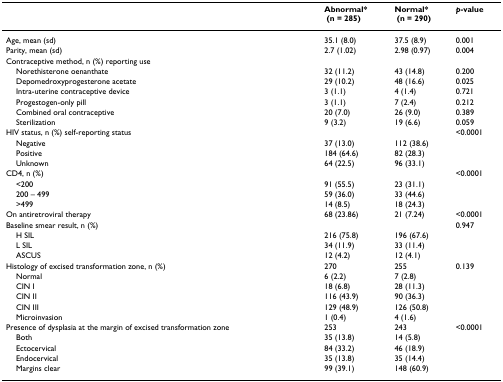
<table><thead><tr><td></td><td><b>Abnormal* (n = 285)</b></td><td><b>Normal* (n = 290)</b></td><td><b><i>p</i>-value</b></td></tr></thead><tbody><tr><td>Age, mean (sd)</td><td>35.1 (8.0)</td><td>37.5 (8.9)</td><td>0.001</td></tr><tr><td>Parity, mean (sd)</td><td>2.7 (1.02)</td><td>2.98 (0.97)</td><td>0.004</td></tr><tr><td>Contraceptive method, n (%) reporting use</td><td></td><td></td><td></td></tr><tr><td> Norethisterone oenanthate</td><td>32 (11.2)</td><td>43 (14.8)</td><td>0.200</td></tr><tr><td> Depomedroxyprogesterone acetate</td><td>29 (10.2)</td><td>48 (16.6)</td><td>0.025</td></tr><tr><td> Intra-uterine contraceptive device</td><td>3 (1.1)</td><td>4 (1.4)</td><td>0.721</td></tr><tr><td> Progestogen-only pill</td><td>3 (1.1)</td><td>7 (2.4)</td><td>0.212</td></tr><tr><td> Combined oral contraceptive</td><td>20 (7.0)</td><td>26 (9.0)</td><td>0.389</td></tr><tr><td> Sterilization</td><td>9 (3.2)</td><td>19 (6.6)</td><td>0.059</td></tr><tr><td>HIV status, n (%) self-reporting status</td><td></td><td></td><td>&lt;0.0001</td></tr><tr><td> Negative</td><td>37 (13.0)</td><td>112 (38.6)</td><td></td></tr><tr><td> Positive</td><td>184 (64.6)</td><td>82 (28.3)</td><td></td></tr><tr><td> Unknown</td><td>64 (22.5)</td><td>96 (33.1)</td><td></td></tr><tr><td>CD4, n (%)</td><td></td><td></td><td>&lt;0.0001</td></tr><tr><td> &lt;200</td><td>91 (55.5)</td><td>23 (31.1)</td><td></td></tr><tr><td> 200 – 499</td><td>59 (36.0)</td><td>33 (44.6)</td><td></td></tr><tr><td> &gt;499</td><td>14 (8.5)</td><td>18 (24.3)</td><td></td></tr><tr><td>On antiretroviral therapy</td><td>68 (23.86)</td><td>21 (7.24)</td><td>&lt;0.0001</td></tr><tr><td>Baseline smear result, n (%)</td><td></td><td></td><td>0.947</td></tr><tr><td> H SIL</td><td>216 (75.8)</td><td>196 (67.6)</td><td></td></tr><tr><td> L SIL</td><td>34 (11.9)</td><td>33 (11.4)</td><td></td></tr><tr><td> ASCUS</td><td>12 (4.2)</td><td>12 (4.1)</td><td></td></tr><tr><td>Histology of excised transformation zone, n (%)</td><td>270</td><td>255</td><td>0.139</td></tr><tr><td> Normal</td><td>6 (2.2)</td><td>7 (2.8)</td><td></td></tr><tr><td> CIN I</td><td>18 (6.8)</td><td>28 (11.3)</td><td></td></tr><tr><td> CIN II</td><td>116 (43.9)</td><td>90 (36.3)</td><td></td></tr><tr><td> CIN III</td><td>129 (48.9)</td><td>126 (50.8)</td><td></td></tr><tr><td> Microinvasion</td><td>1 (0.4)</td><td>4 (1.6)</td><td></td></tr><tr><td>Presence of dysplasia at the margin of excised transformation zone</td><td>253</td><td>243</td><td>&lt;0.0001</td></tr><tr><td> Both</td><td>35 (13.8)</td><td>14 (5.8)</td><td></td></tr><tr><td> Ectocervical</td><td>84 (33.2)</td><td>46 (18.9)</td><td></td></tr><tr><td> Endocervical</td><td>35 (13.8)</td><td>35 (14.4)</td><td></td></tr><tr><td> Margins clear</td><td>99 (39.1)</td><td>148 (60.9)</td><td></td></tr></tbody></table>